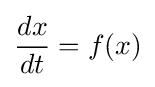
{\frac {dx}{dt}}=f(x)